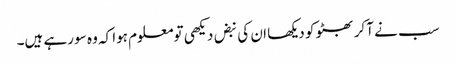
سب نے آکر بھٹو کو دیکھا ان کی نبض دیکھی تومعلوم ہوا کہ وہ سو رہے ہیں۔